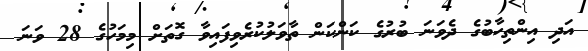
އަދި އިންތިހާބުގެ ދެވަނަ ބުރުގެ ކަންކަން ތާވަލުކުރެވިފައިވާ ގޮތަށް މިމަހުގެ 28 ވަނަ